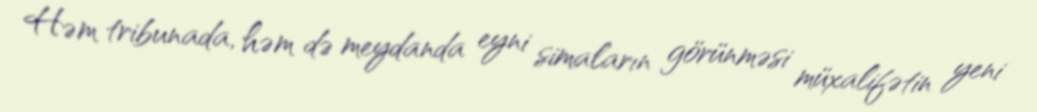
Həm tribunada, həm də meydanda eyni simaların görünməsi müxalifətin yeni